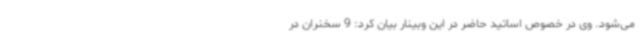
می‌شود. وی در خصوص اساتید حاضر در این وبینار بیان کرد: 9 سخنران در